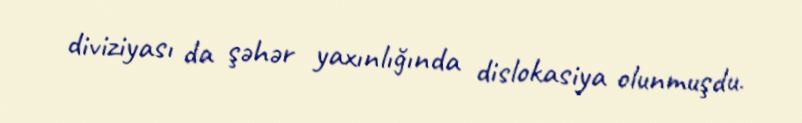
diviziyası da şəhər yaxınlığında dislokasiya olunmuşdu.